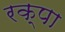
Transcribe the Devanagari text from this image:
रक्पा